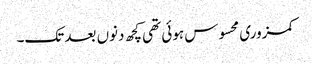
کمزوری محسوس ہوئی تھی کچھ دنوں بعد تک۔